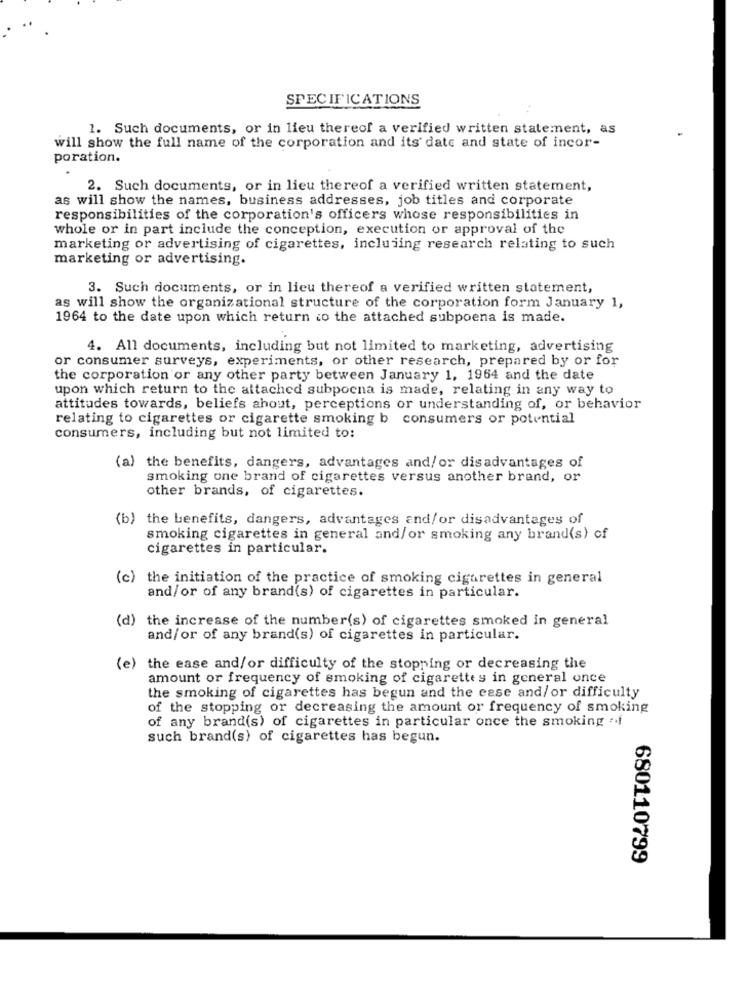
SPECIFICATIONS
1. Such documents, or in lieu thereof a verified written statement, as
will show the full name of the corporation and its' date and state of incor-
poration.
2. Such documents, or in lieu thereof a verified written statement,
as will show the names, business addresses, job titles and corporate
responsibilities of the corporation's officers whose responsibilities in
whole or in part include the conception, execution or approval of the
marketing or advertising of cigarettes, including research relating to such
marketing or advertising.
3. Such documents, or in lieu thereof a verified written statement,
as will show the organizational structure of the corporation form January 1,
1964 to the date upon which return to the attached subpoena is made.
4. All documents, including but not limited to marketing, advertising
or consumer surveys, experiments, or other research, prepared by or for
the corporation or any other party between January 1, 1964 and the date
upon which return to the attached subpoena is made, relating in any way to
attitudes towards, beliefs ahout, perceptions or understanding of, or behavior
relating to cigarettes or cigarette smoking b consumers or potential
consumers, including but not limited to:
(a) the benefits, dangers, advantages and/ or disadvantages of
smoking one brand of cigarettes versus another brand, or
other brands, of cigarettes.
(b) the benefits, dangers, advantages and/or disadvantages of
smoking cigarettes in general and/or smoking any brand(s) of
cigarettes in particular.
(c) the initiation of the practice of smoking cigarettes in general
and/or of any brand(s) of cigarettes in particular.
(d) the increase of the number(s) of cigarettes smoked in general
and/or of any brand(s) of cigarettes in particular.
(e) the ease and/or difficulty of the stopping or decreasing the
amount or frequency of smoking of cigarettes in general once
the smoking of cigarettes has begun and the esse and/ or difficulty
of the stopping or decreasing the amount or frequency of smoking
of any brand(s) of cigarettes in particular once the smoking .f
such brand(s) of cigarettes has begun.
680110799